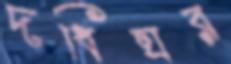
দধিঘর